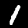
Digit: 1